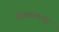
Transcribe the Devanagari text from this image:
वितळाणाऱ्या